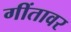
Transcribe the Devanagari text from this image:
गींतावर